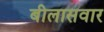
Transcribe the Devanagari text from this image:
बीलासवार